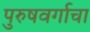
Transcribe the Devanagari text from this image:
पुरुषवर्गाचा